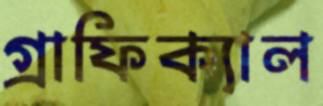
গ্রাফিক্যাল